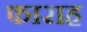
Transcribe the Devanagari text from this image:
फाराह